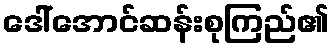
ဒေါ်အောင်ဆန်းစုကြည်၏